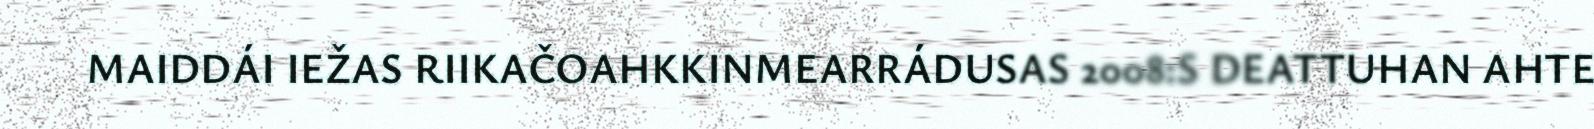
MAIDDÁI IEŽAS RIIKAČOAHKKINMEARRÁDUSAS 2008:S DEATTUHAN AHTE